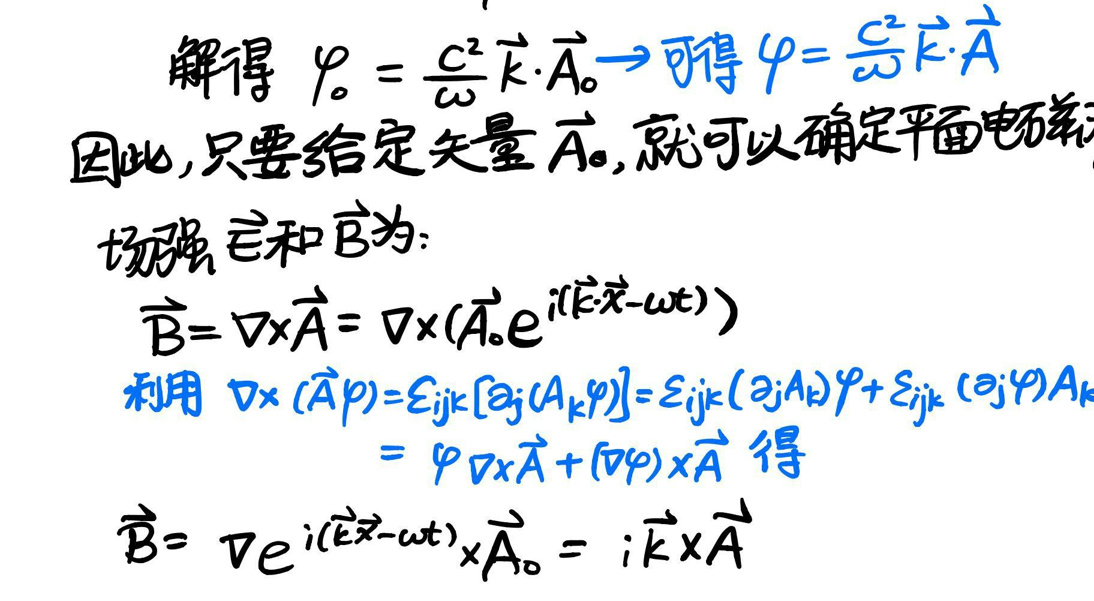
解得\( \varphi_0 = \frac{c^2}{\omega}\vec{k}\cdot\vec{A}_0 \Rightarrow \)可得\( \varphi = \frac{c^2}{\omega}\vec{k}\cdot\vec{A}\)\\
因此，只要给定矢量\( \vec{A}_0\)，就可以确定平面电磁波的\\
场强 \vec{E} 和 \vec{B} 为：\\
\(\vec{B}=\nabla\times\vec{A}=\nabla\times(\vec{A}_0e^{i(\vec{k}\cdot\vec{r}-\omega t)})\)\\
利用\( \nabla\times(\vec{A}\varphi)=\varepsilon_{ijk}[\partial_j(A_k\varphi)]=\varepsilon_{ijk}(\partial_jA_k)\varphi+\varepsilon_{ijk}(\partial_j\varphi)A_k\)\\
\(=\varphi\nabla\times\vec{A}+(\nabla\varphi)\times\vec{A} \)得\\
\(\vec{B}=\nabla e^{i(\vec{k}\cdot\vec{r}-\omega t)}\times\vec{A}_0 = i\vec{k}\times\vec{A}\)